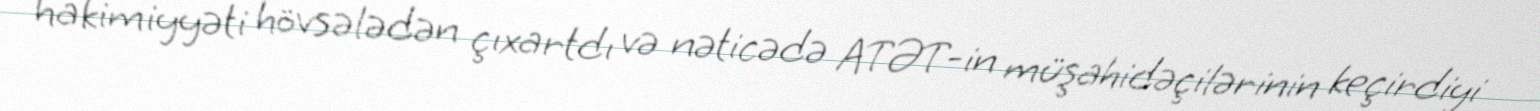
hakimiyyəti hövsələdən çıxartdı və nəticədə ATƏT-in müşahidəçilərinin keçirdiyi